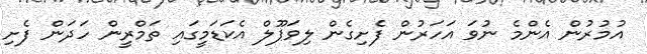
އުމުރުން އެންމެ ނުވަ އަހަރުން ފެށިގެން ލިވަޕޫލް އެކަޑަމީގައި ތަމްރީން ހަދަން ފެށި